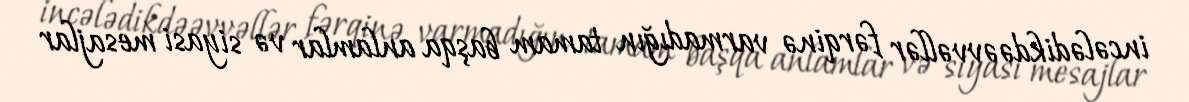
incələdikdəəvvəllər fərqinə varmadığın tamam başqa anlamlar və siyasi mesajlar